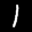
Label: 1